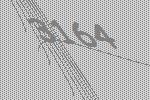
3164